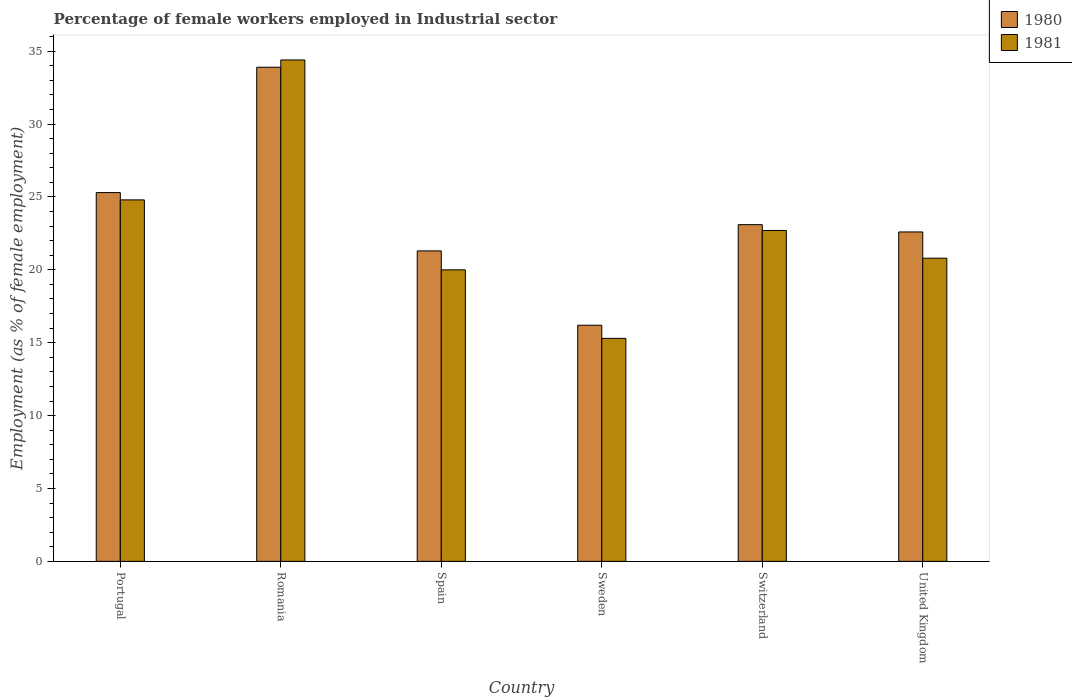
| Country | 1980 | 1981 |
 | --- | --- | --- |
 | Portugal | 25.3 | 24.8 |
 | Romania | 33.9 | 34.4 |
 | Spain | 21.3 | 20 |
 | Sweden | 16.2 | 15.3 |
 | Switzerland | 23.1 | 22.7 |
 | United Kingdom | 22.6 | 20.8 |